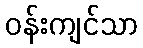
ဝန်းကျင်သာ